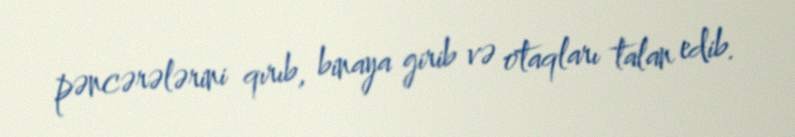
pəncərələrini qırıb, binaya girib və otaqları talan edib.